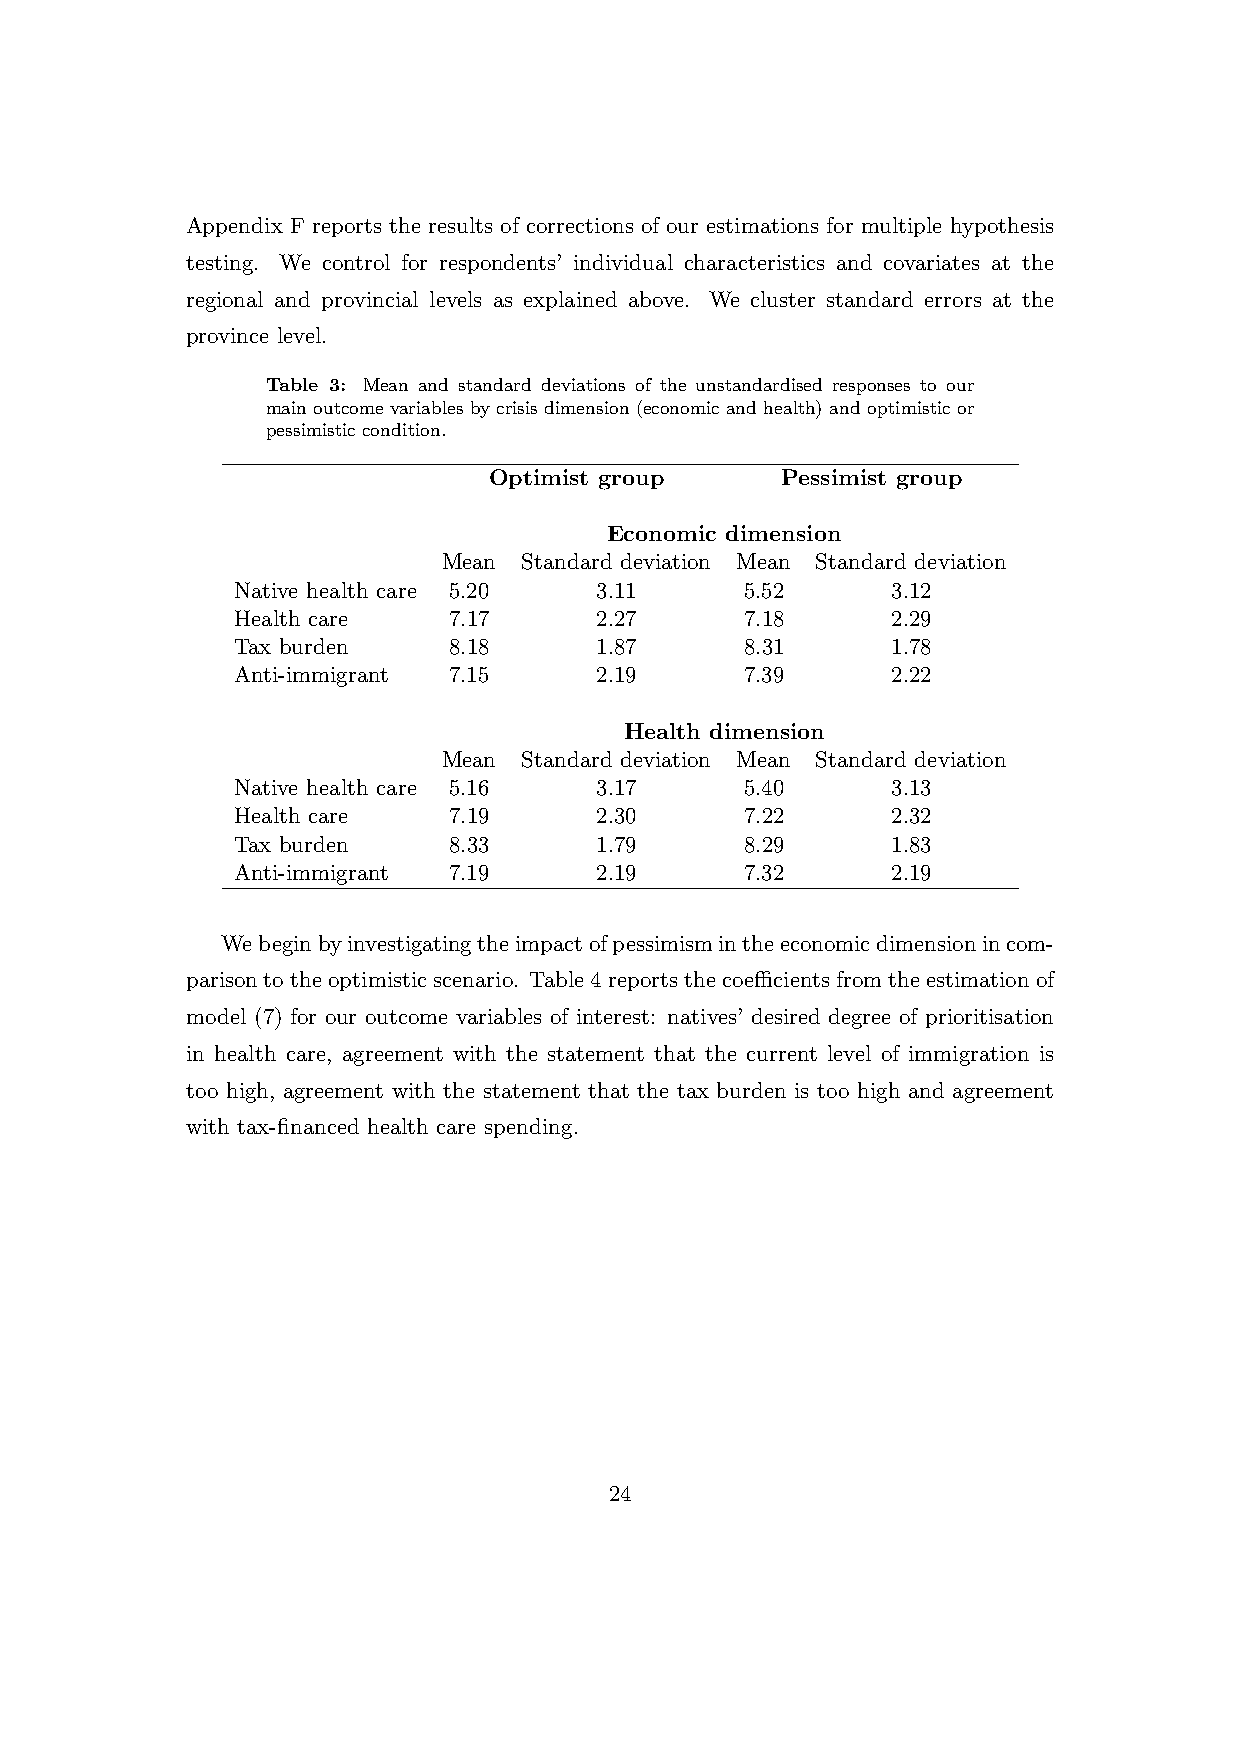
Appendix F reports the results of corrections of our estimations for multiple hypothesis
 testing. We control for respondents’ individual characteristics and covariates at the
 regional and provincial levels as explained above. We cluster standard errors at the
 province level.
 Table 3: Mean and standard deviations of the unstandardised responses to our
 main outcome variables by crisis dimension (economic and health) and optimistic or
 pessimistic condition.
 Optimist group      Pessimist group
 Economic dimension
 Mean  Standard deviation Mean Standard deviation
 Native health care 5.20 3.11      5.52      3.12
 Health care    7.17     2.27      7.18      2.29
 Tax burden     8.18     1.87      8.31      1.78
 Anti-immigrant 7.15     2.19      7.39      2.22
 Health dimension
 Mean  Standard deviation Mean Standard deviation
 Native health care 5.16 3.17      5.40      3.13
 Health care    7.19     2.30      7.22      2.32
 Tax burden     8.33     1.79      8.29      1.83
 Anti-immigrant 7.19     2.19      7.32      2.19
 Webeginbyinvestigatingtheimpactofpessimismintheeconomicdimensionincom-
 parisontotheoptimisticscenario. Table4reportsthecoefficientsfromtheestimationof
 model (7) for our outcome variables of interest: natives’ desired degree of prioritisation
 in health care, agreement with the statement that the current level of immigration is
 too high, agreement with the statement that the tax burden is too high and agreement
 with tax-financed health care spending.
 24